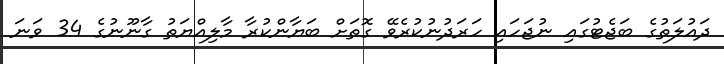
ދައުލަތުގެ ބަޖެޓުގައި ނުޖަހައި ހަރަދުނުކުރެވޭ ގޮތަށް ބަޔާންކުރާ މާލިއްޔަތު ގާނޫނުގެ 34 ވަނަ